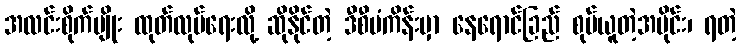
အလင်းစိုက်ပျိုး ထုတ်လုပ်ရေးလို့ ဆိုနိုင်တဲ့ ဒီစီမံကိန်းမှာ နေရောင်ခြည် စုပ်ယူတဲ့အပိုင်း၊ ရတဲ့